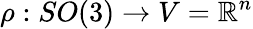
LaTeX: \rho:SO(3)\rightarrow V=\mathbb{R}^{n}